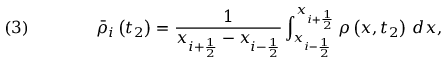
\quad ( 3 ) \qquad \qquad { \bar { \rho } } _ { i } \left( t _ { 2 } \right) = { \frac { 1 } { x _ { i + { \frac { 1 } { 2 } } } - x _ { i - { \frac { 1 } { 2 } } } } } \int _ { x _ { i - { \frac { 1 } { 2 } } } } ^ { x _ { i + { \frac { 1 } { 2 } } } } \rho \left( x , t _ { 2 } \right) \, d x ,